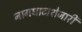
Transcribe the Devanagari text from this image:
नागघाटाशेजारी